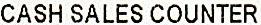
CASH SALES COUNTER